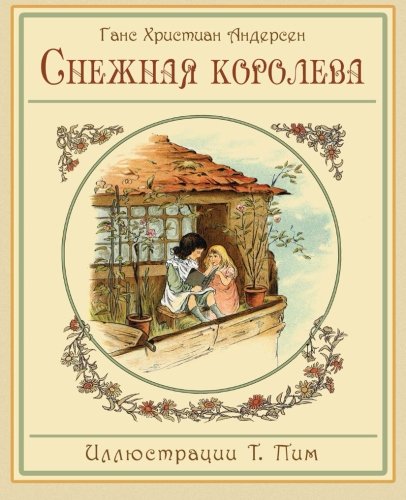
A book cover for The Snow Queen - Snezhnaya koroleva - Ð¡Ð½ÐµÐ¶Ð½Ð°ÑE ÐºÐ¾ÑÐ¾Ð»ÐµÐ²Ð° (Russian Edition); Hans Christian Andersen; Literature & Fiction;